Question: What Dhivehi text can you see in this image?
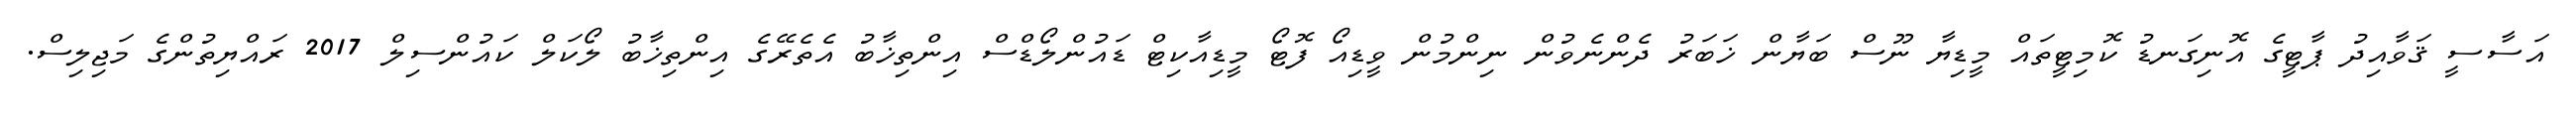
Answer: އަސާސީ ޤަވާއިދު ޕާޓީގެ އޮނިގަނޑު ކޮމިޓީތައް މީޑިޔާ ނޫސް ބަޔާން ޚަބަރު ދެންނެވުން ނިންމުން ވީޑިއޯ ފޮޓޯ މީޑިއާކިޓް ޑައުންލޯޑްސް އިންތިޚާބު އެތެރޭގެ އިންތިޚާބު ލޯކަލް ކައުންސިލް 2017 ރައްޔިތުންގެ މަޖިލިސް.